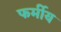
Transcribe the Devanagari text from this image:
फर्मीय